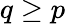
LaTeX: q\geq p